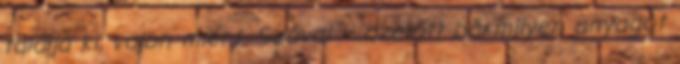
ta­lál­ja ki, vajon miért. Szóval – azelőtt bármilyen anyagot